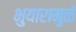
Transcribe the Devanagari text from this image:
भुयारामुळे